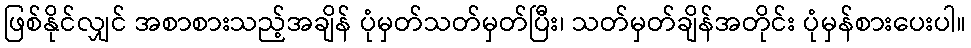
ဖြစ်နိုင်လျှင် အစာစားသည့်အချိန် ပုံမှတ်သတ်မှတ်ပြီး၊ သတ်မှတ်ချိန်အတိုင်း ပုံမှန်စားပေးပါ။